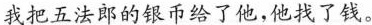
我把五法郎的银币给了他，他找了钱。